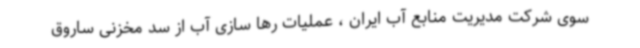
سوی شرکت مدیریت منابع آب ایران ، عملیات رها سازی آب از سد مخزنی ساروق